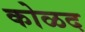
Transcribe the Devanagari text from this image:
कोळद